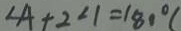
\angle A + 2 \angle 1 = 1 8 0 ^ { \circ } (